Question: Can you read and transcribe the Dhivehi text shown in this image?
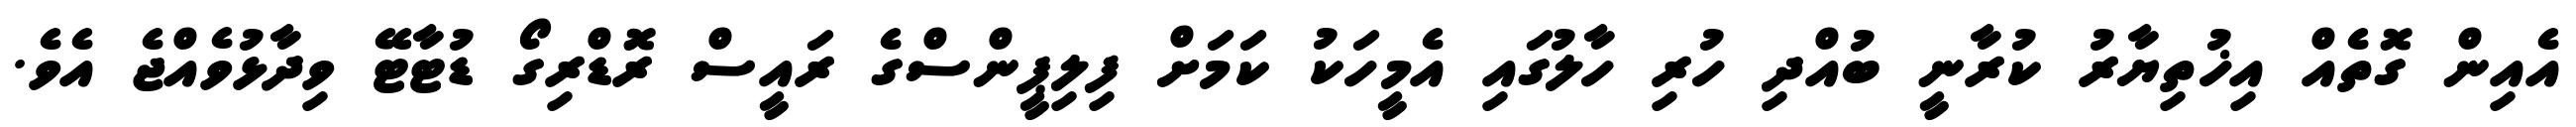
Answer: އެއިން ގޮތެއް އިޚުތިޔާރު ކުރާނީ ބުއްދި ހުރި ހާލުގައި އެމީހަކު ކަމަށް ފިލިޕީންސްގެ ރައީސް ރޮޑްރިގޯ ޑުޓާޓޭ ވިދާޅުވެއްޖެ އެވެ.